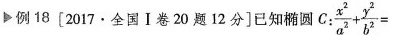
▶ 例 18 [2017 . 全国 I 卷 20 题12分]已知稀圆C: $$\frac { x ^ { 2 } } { a ^ { 2 } } + \frac { y ^ { 2 } } { b ^ { 2 } } =$$